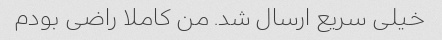
خیلی سریع ارسال شد. من کاملا راضی بودم